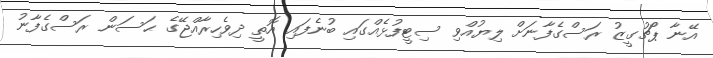
އޭނާ ޕޯޗުގީޒު ރަސްގެފާނަށް ލިޔުއްވި ސިޓީފުޅެއްގައި ބުނެފައި އޮތީ ދިވެހިރާއްޖޭގެ ޙަސަން ރަސްގެފާނު